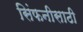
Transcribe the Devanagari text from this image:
सिंफनीसाठी